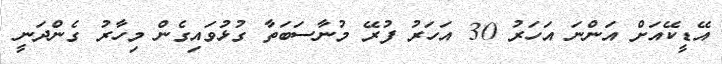
އޭޑީކޭއަށް އަންނަ އަހަރު 30 އަހަރު ފުރޭ މުނާސަބަތާ ގުޅުވައިގެން މިހާރު ގެންދަނީ